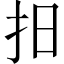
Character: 抇